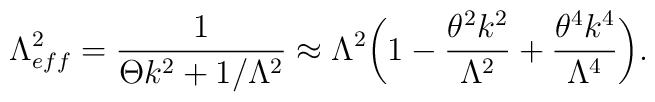
\Lambda^2_{eff}=\frac{1}{\Theta k^2+1/\Lambda^2}\approx \Lambda^2\biggl(1-\frac{\theta^2k^2}{\Lambda^2}+\frac{\theta^4k^4}{\Lambda^4}\biggr).